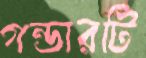
গন্ডারটি